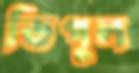
ভিপুল